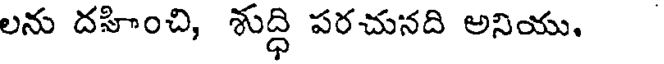
లను దహించి, శుద్ధి పరచునది అనియు,